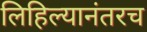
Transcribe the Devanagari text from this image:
लिहिल्यानंतरच